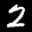
Label: 2